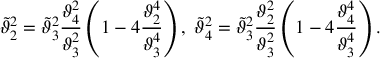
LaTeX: \tilde { \vartheta } _ { 2 } ^ { 2 } = \tilde { \vartheta } _ { 3 } ^ { 2 } { \frac { \vartheta _ { 4 } ^ { 2 } } { \vartheta _ { 3 } ^ { 2 } } } \left( 1 - 4 { \frac { \vartheta _ { 2 } ^ { 4 } } { \vartheta _ { 3 } ^ { 4 } } } \right) , \; \tilde { \vartheta } _ { 4 } ^ { 2 } = \tilde { \vartheta } _ { 3 } ^ { 2 } { \frac { \vartheta _ { 2 } ^ { 2 } } { \vartheta _ { 3 } ^ { 2 } } } \left( 1 - 4 { \frac { \vartheta _ { 4 } ^ { 4 } } { \vartheta _ { 3 } ^ { 4 } } } \right) .